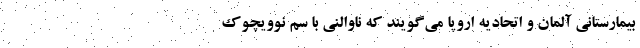
بیمارستانی آلمان و اتحادیه اروپا می‌گویند که ناوالنی با سم نوویچوک